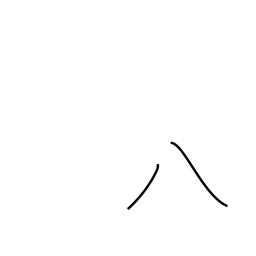
Meaning: eight